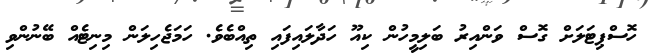
ހޮސްޕިޓަލަށް ގޮސް ވަންއިރު ބަލިމީހުން ކިއޫ ހަދާލައިފައި ތިއްބެވެ. ހަމަޖެހިލަން މިނިޓެއް ބޭނުންވި